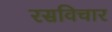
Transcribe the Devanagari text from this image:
रसविचार